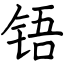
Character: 铻